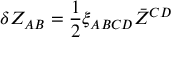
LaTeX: \delta Z _ { A B } = \frac { 1 } { 2 } \xi _ { A B C D } \bar { Z } ^ { C D }